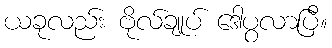
ယခုလည်း ဗိုလ်ချုပ် ဒေါပွလာပြီ။